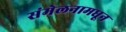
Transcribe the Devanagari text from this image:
संमेलनामधून